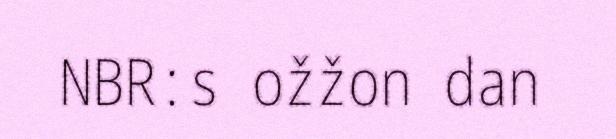
NBR:s ožžon dan